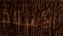
الأستاذ